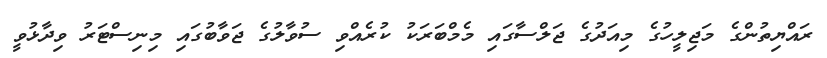
ރައްޔިތުންގެ މަޖިލީހުގެ މިއަދުގެ ޖަލްސާގައި މެމްބަރަކު ކުރެއްވި ސުވާލުގެ ޖަވާބުގައި މިނިސްޓަރު ވިދާޅުވީ